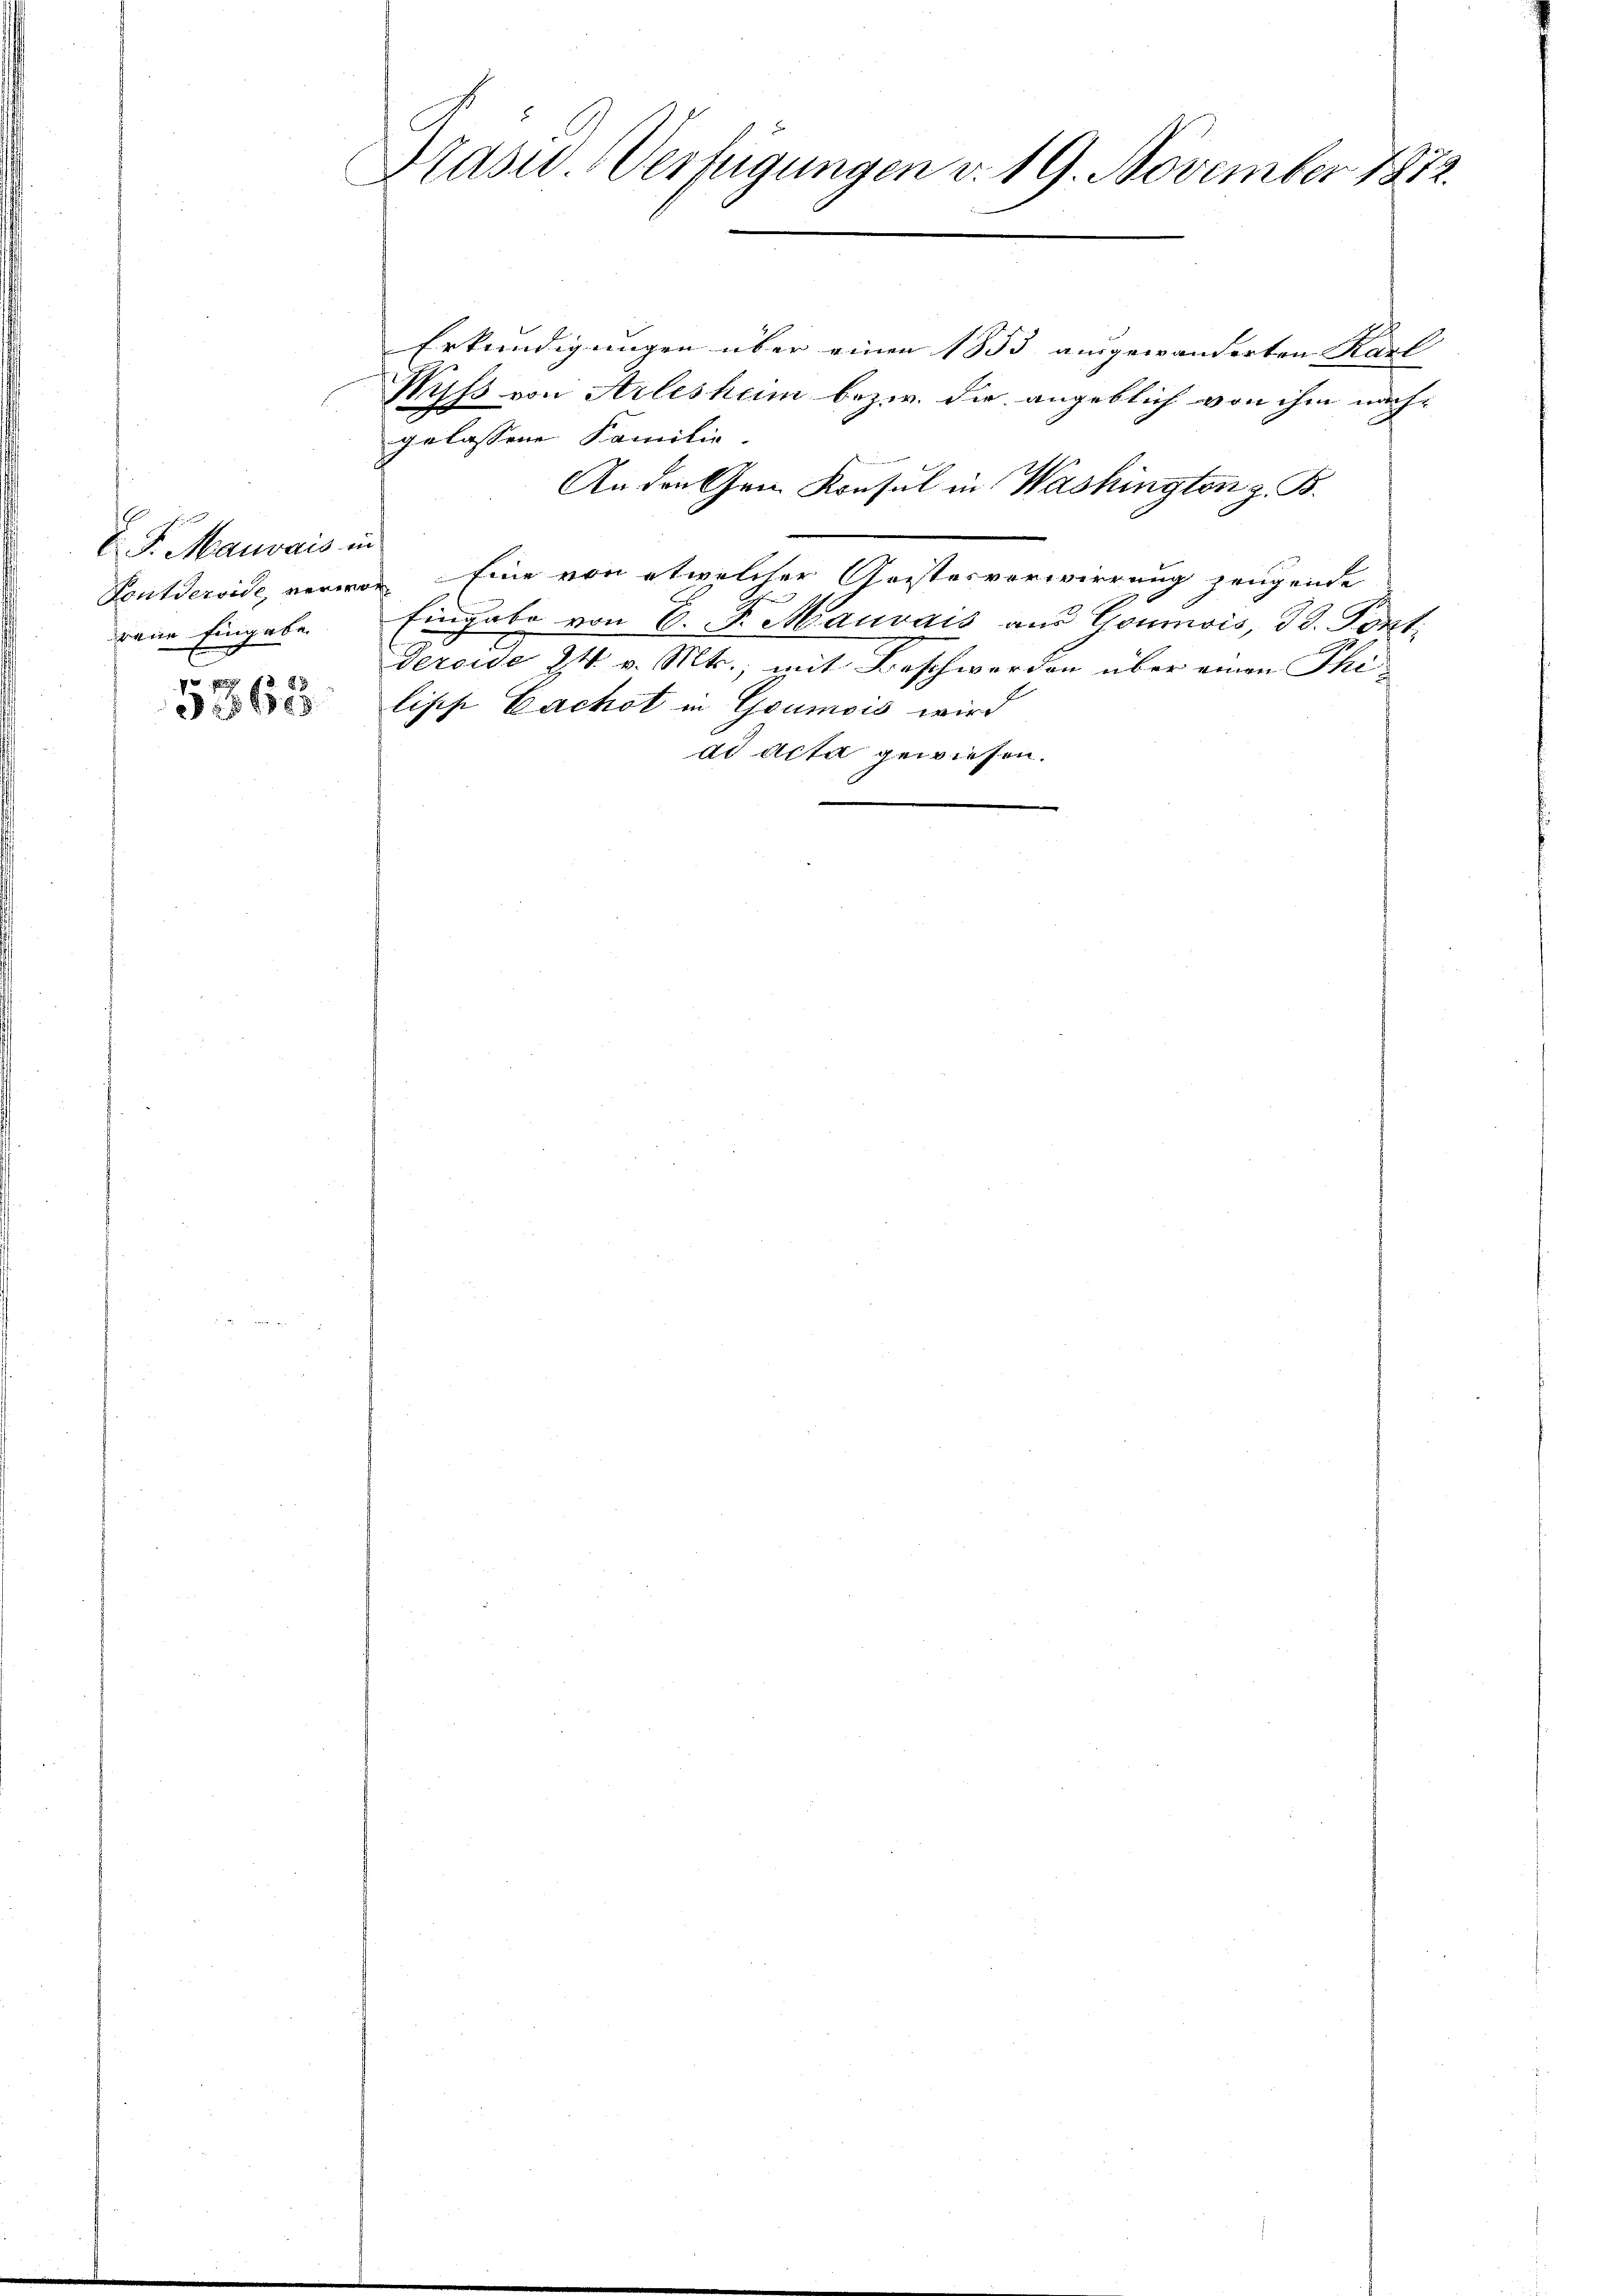
E. F. Mauvais in
rene Eingabe.

3
 658

Erkundigungen über einen 1853 ausgewanderten Karl
Muss von Arlesheim bezw. die angeblich von ihm nach-
gelassene Familie-
An den Gen. Konsul in Washington z. B.
Fontderoide, verwor Eine von etwelcher Geistesverwirrung zeugende
Eingabe von E. F. Mauvais aus Goumois, Bd. Pont.
Deroide 24. v. Mts., mit Beschwerden über einen Thi
liph Cachst in Goumois wird
ad acta gewiesen.

Praswo Verfügungen v. 19. November 1872.